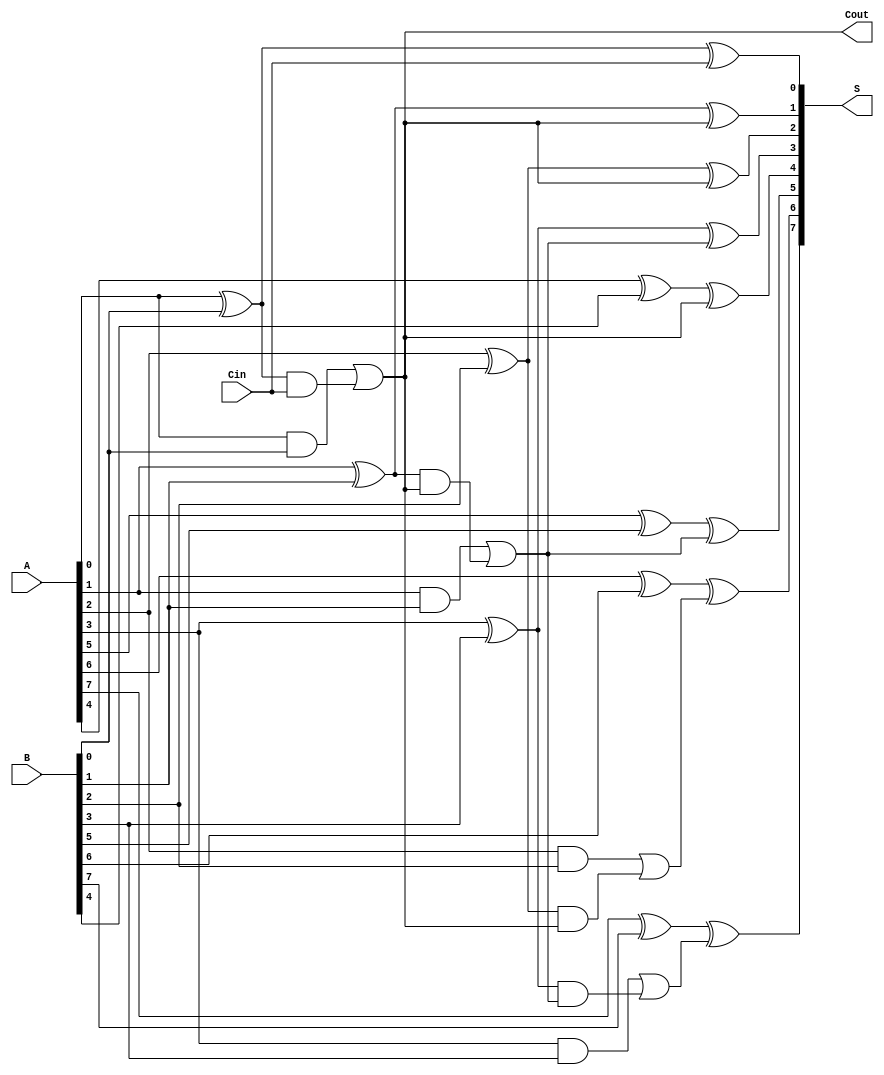
module KoggeStoneAdder #(parameter n = 8) (
    input [n-1:0] A,
    input [n-1:0] B,
    input Cin,
    output [n-1:0] S,
    output Cout
);

    // Generate and Propagate signals
    wire [n-1:0] P; // Propagate
    wire [n-1:0] G; // Generate
    wire [n:0] C;   // Carry signals

    // Generate and Propagate calculations
    genvar i;
    generate
        for (i = 0; i < n; i = i + 1) begin : gen_prop
            assign P[i] = A[i] ^ B[i];
            assign G[i] = A[i] & B[i];
        end
    endgenerate

    // Carry initialization
    assign C[0] = Cin;

    // Kogge-Stone Carry generation
    generate
        genvar j, k;
        for (k = 0; k < n; k = k + 1) begin : carry_gen
            for (j = 0; j < (1 << k); j = j + 1) begin : carry_stage
                if (j < (1 << (k + 1)) && (j & (1 << k)) == 0) begin
                    assign C[j + (1 << k)] = G[j] | (P[j] & C[j]);
                end
            end
        end
    endgenerate

    // Sum calculation
    generate
        for (i = 0; i < n; i = i + 1) begin : sum_calc
            assign S[i] = P[i] ^ C[i];
        end
    endgenerate

    // Carry out
    assign Cout = C[n];

endmodule